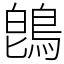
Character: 鵖